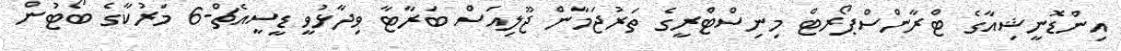
އިންޑޮނީޝިއާގެ ޓްރާންސްޕޯރޓް މިނިސްޓްރީގެ ތަރުޖަމާން ޖޫލިއަސް ބަރާޓާ ވިދާޅުވީ ޑީސީއެޗް-6 މަރުކާގެ ބޯޓުން